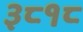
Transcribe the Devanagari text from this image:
३८१८